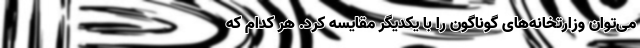
می‌توان وزارتخانه‌های گوناگون را با یکدیگر مقایسه کرد. هر کدام که